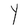
Character: Y